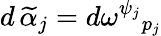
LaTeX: d\, \widetilde{\alpha}_{j}=d\omega^{\psi_{j}}{}_{p_{j}}